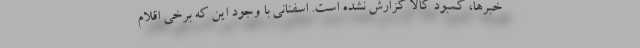
خبرها، کمبود کالا گزارش نشده است. اسفنانی با وجود این که برخی اقلام